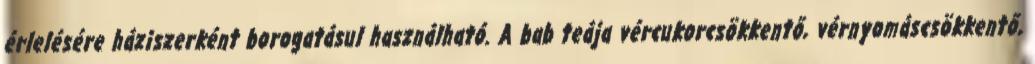
érlelésére háziszerként borogatásul használható. A bab teája vércukorcsökkentő, vérnyomáscsökkentő,